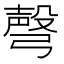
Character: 𢐙